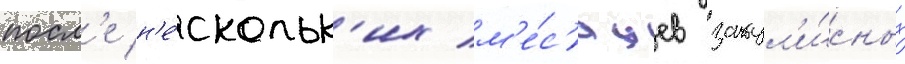
посл'е н'е́скольк'их м'е́с'яцев закул'и́сных